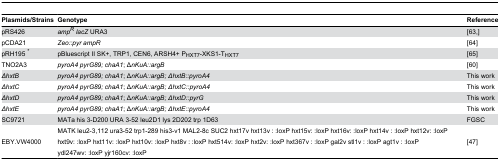
| Plasmids/Strains | Genotype | Reference |
 | --- | --- | --- |
 | pRS426 | ampR lacZ URA3 | [63,] |
 | pCDA21 | Zeo::pyr ampR | [64] |
 | pRH195 * | pBluescript II SK+, TRP1, CEN6, ARSH4+ PHXT7-XKS1-THXT7 | [65] |
 | TNO2A3 | pyroA4 pyrG89; chaA1; ΔnKuA::argB | [60] |
 | ΔhxtB | pyroA4 pyrG89; chaA1; ΔnKuA::argB; ΔhxtB::pyroA4 | This work |
 | ΔhxtC | pyroA4 pyrG89; chaA1; ΔnKuA::argB; ΔhxtC::pyroA4 | This work |
 | ΔhxtD | pyroA4 pyrG89; chaA1; ΔnKuA::argB; ΔhxtD::pyrG | This work |
 | ΔhxtE | pyroA4 pyrG89; chaA1; ΔnKuA::argB; ΔhxtE::pyroA4 | This work |
 | SC9721 | MATa his 3-D200 URA 3-52 leu2D1 lys 2D202 trp 1D63 | FGSC |
 | EBY.VW4000 | MATK leu2-3,112 ura3-52 trp1-289 his3-v1 MAL2-8c SUC2 hxt17v hxt13v : :loxP hxt15v: :loxP hxt16v: :loxP hxt14v : :loxP hxt12v: :loxP hxt9v: :loxP hxt11v: :loxP hxt10v: :loxP hxt8v : :loxP hxt514v: :loxP hxt2v: :loxP hxt367v : :loxP gal2v stl1v : :loxP agt1v : :loxP ydl247wv: :loxP yjr160cv: :loxP | [47] |